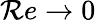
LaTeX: \mathcal{R}e\to0